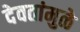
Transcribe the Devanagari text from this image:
देवतांमुळे